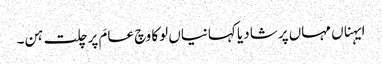
ایہناں مہاں پرشا دیا کہانیاں لوکا وچ عامَ پرچلت ہن۔